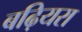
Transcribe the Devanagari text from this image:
बढ़ियरा